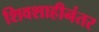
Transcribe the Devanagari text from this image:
शिवशाहीनंतर